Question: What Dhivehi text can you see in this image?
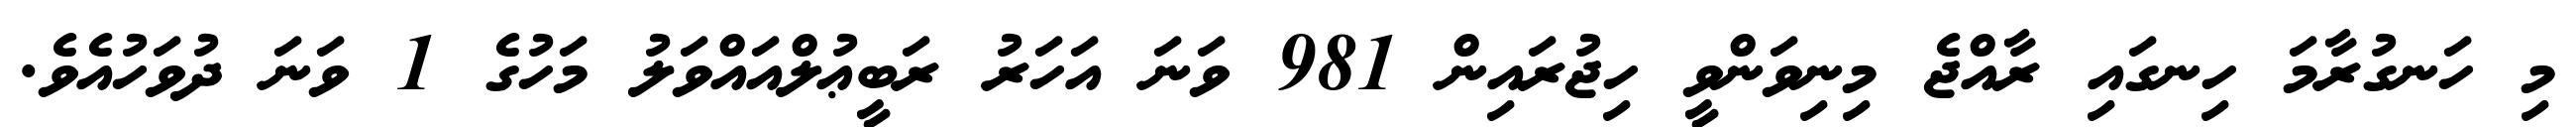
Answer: މި ހަނގުރާމަ ހިނގައި ރާއްޖެ މިނިވަންވީ ހިޖުރައިން 981 ވަނަ އަހަރު ރަބީޢުލްއައްވަލު މަހުގެ 1 ވަނަ ދުވަހުއެވެ.